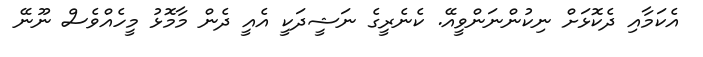
އެކަމާއި ދެކޮޅަށް ނިކުންނަންވީއޭ. ކެނެރީގެ ނަޝީދަކީ އެއީ ދެން މާމޮޅު މީހެއްވެސް ނޫނޭ